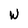
Character: W